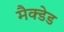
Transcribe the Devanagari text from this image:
मैक्डेड